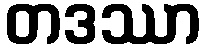
တဒဿာ